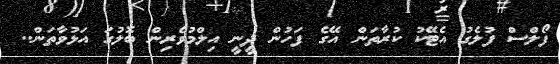
ފޯލްސް ފުލެގު އެޓޭކު ކުރާތަން އޭގެ ފަހުން ދީނީ އިލްމުވެރިން ބޮލުގަ އަޅުވާތަން..